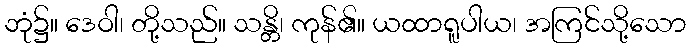
ဘုံ၌။ ဒေဝါ၊ တို့သည်။ သန္တိ၊ ကုန်၏။ ယထာရူပါယ၊ အကြင်သို့သော